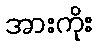
အားကိုး